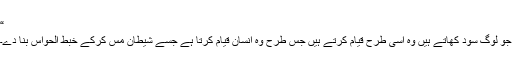
“
جو لوگ سود کھاتے ہيں وہ اسى طرح قيام کرتے ہيں جس طرح وہ انسان قيام کرتا ہے جسے شيطان مس کرکے خبط الحواس بنا دے۔